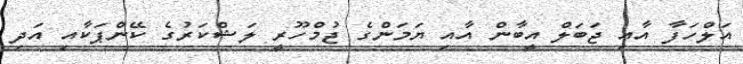
އަލްހަފާ އާއި ޖަބަލް އީބާން އާއި ޔަމަންގެ ޖުމްހޫރީ ލަޝްކަރުގެ ކޭންޕަކާއި އަދި